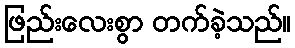
ဖြည်းလေးစွာ တက်ခဲ့သည်။